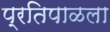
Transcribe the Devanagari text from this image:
प्रतिपाळला